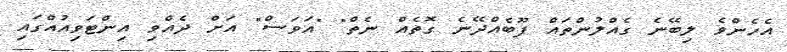
އެހެންވެ ލިބޭނެ ގެއްލުންތައް ފޫބެއްދޭނެ ގޮތެއް ނެތް" "އަވަސް" އަށް ދެއްވި އިންޓަވިއުއްގައި